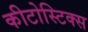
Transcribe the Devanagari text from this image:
कीटोस्टिक्स